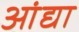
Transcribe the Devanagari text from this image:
आंद्या